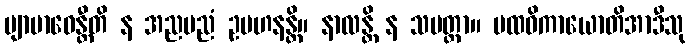
ဗျာဗာဓေန္တီတိ န အညမညံ ဥပဟနန္တိ။ နာလန္တိ န သမတ္ထာ။ ပထဝိကာယောတိအာဒီသု